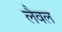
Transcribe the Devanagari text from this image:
लैवल